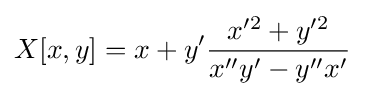
X[x,y]=x+y'{\frac {x'^{2}+y'^{2}}{x''y'-y''x'}}